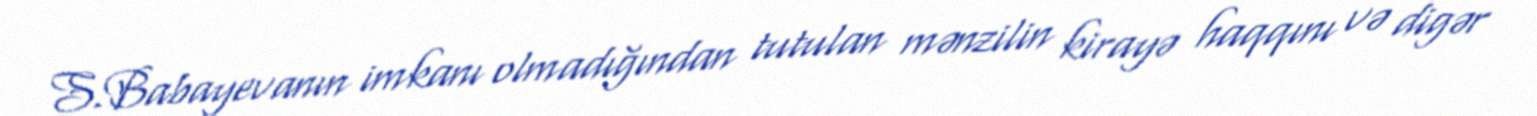
S.Babayevanın imkanı olmadığından tutulan mənzilin kirayə haqqını və digər